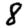
Digit: 8